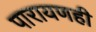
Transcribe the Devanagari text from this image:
पारायणही